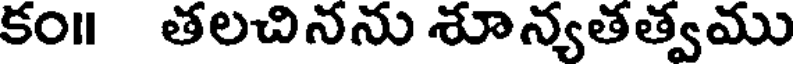
కం॥ తలచినను శూన్యతత్వము